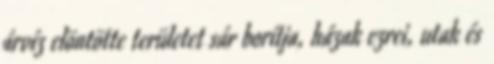
árvíz elöntötte területet sár borítja, házak ezrei, utak és